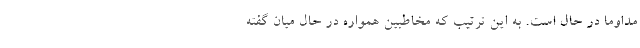
مداوماً در حال است. به این ترتیب که مخاطبین همواره در حالِ میان گفته